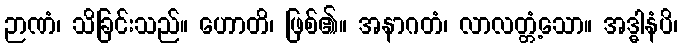
ဉာဏံ၊ သိခြင်းသည်။ ဟောတိ၊ ဖြစ်၏။ အနာဂတံ၊ လာလတ္တံ့သော။ အဒ္ဓါနံပိ၊